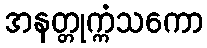
အနတ္တုက္ကံသကော